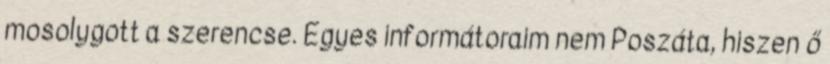
mosolygott a szerencse. Egyes informátoraim nem Poszáta, hiszen ő